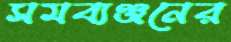
সমব্যঞ্জনের